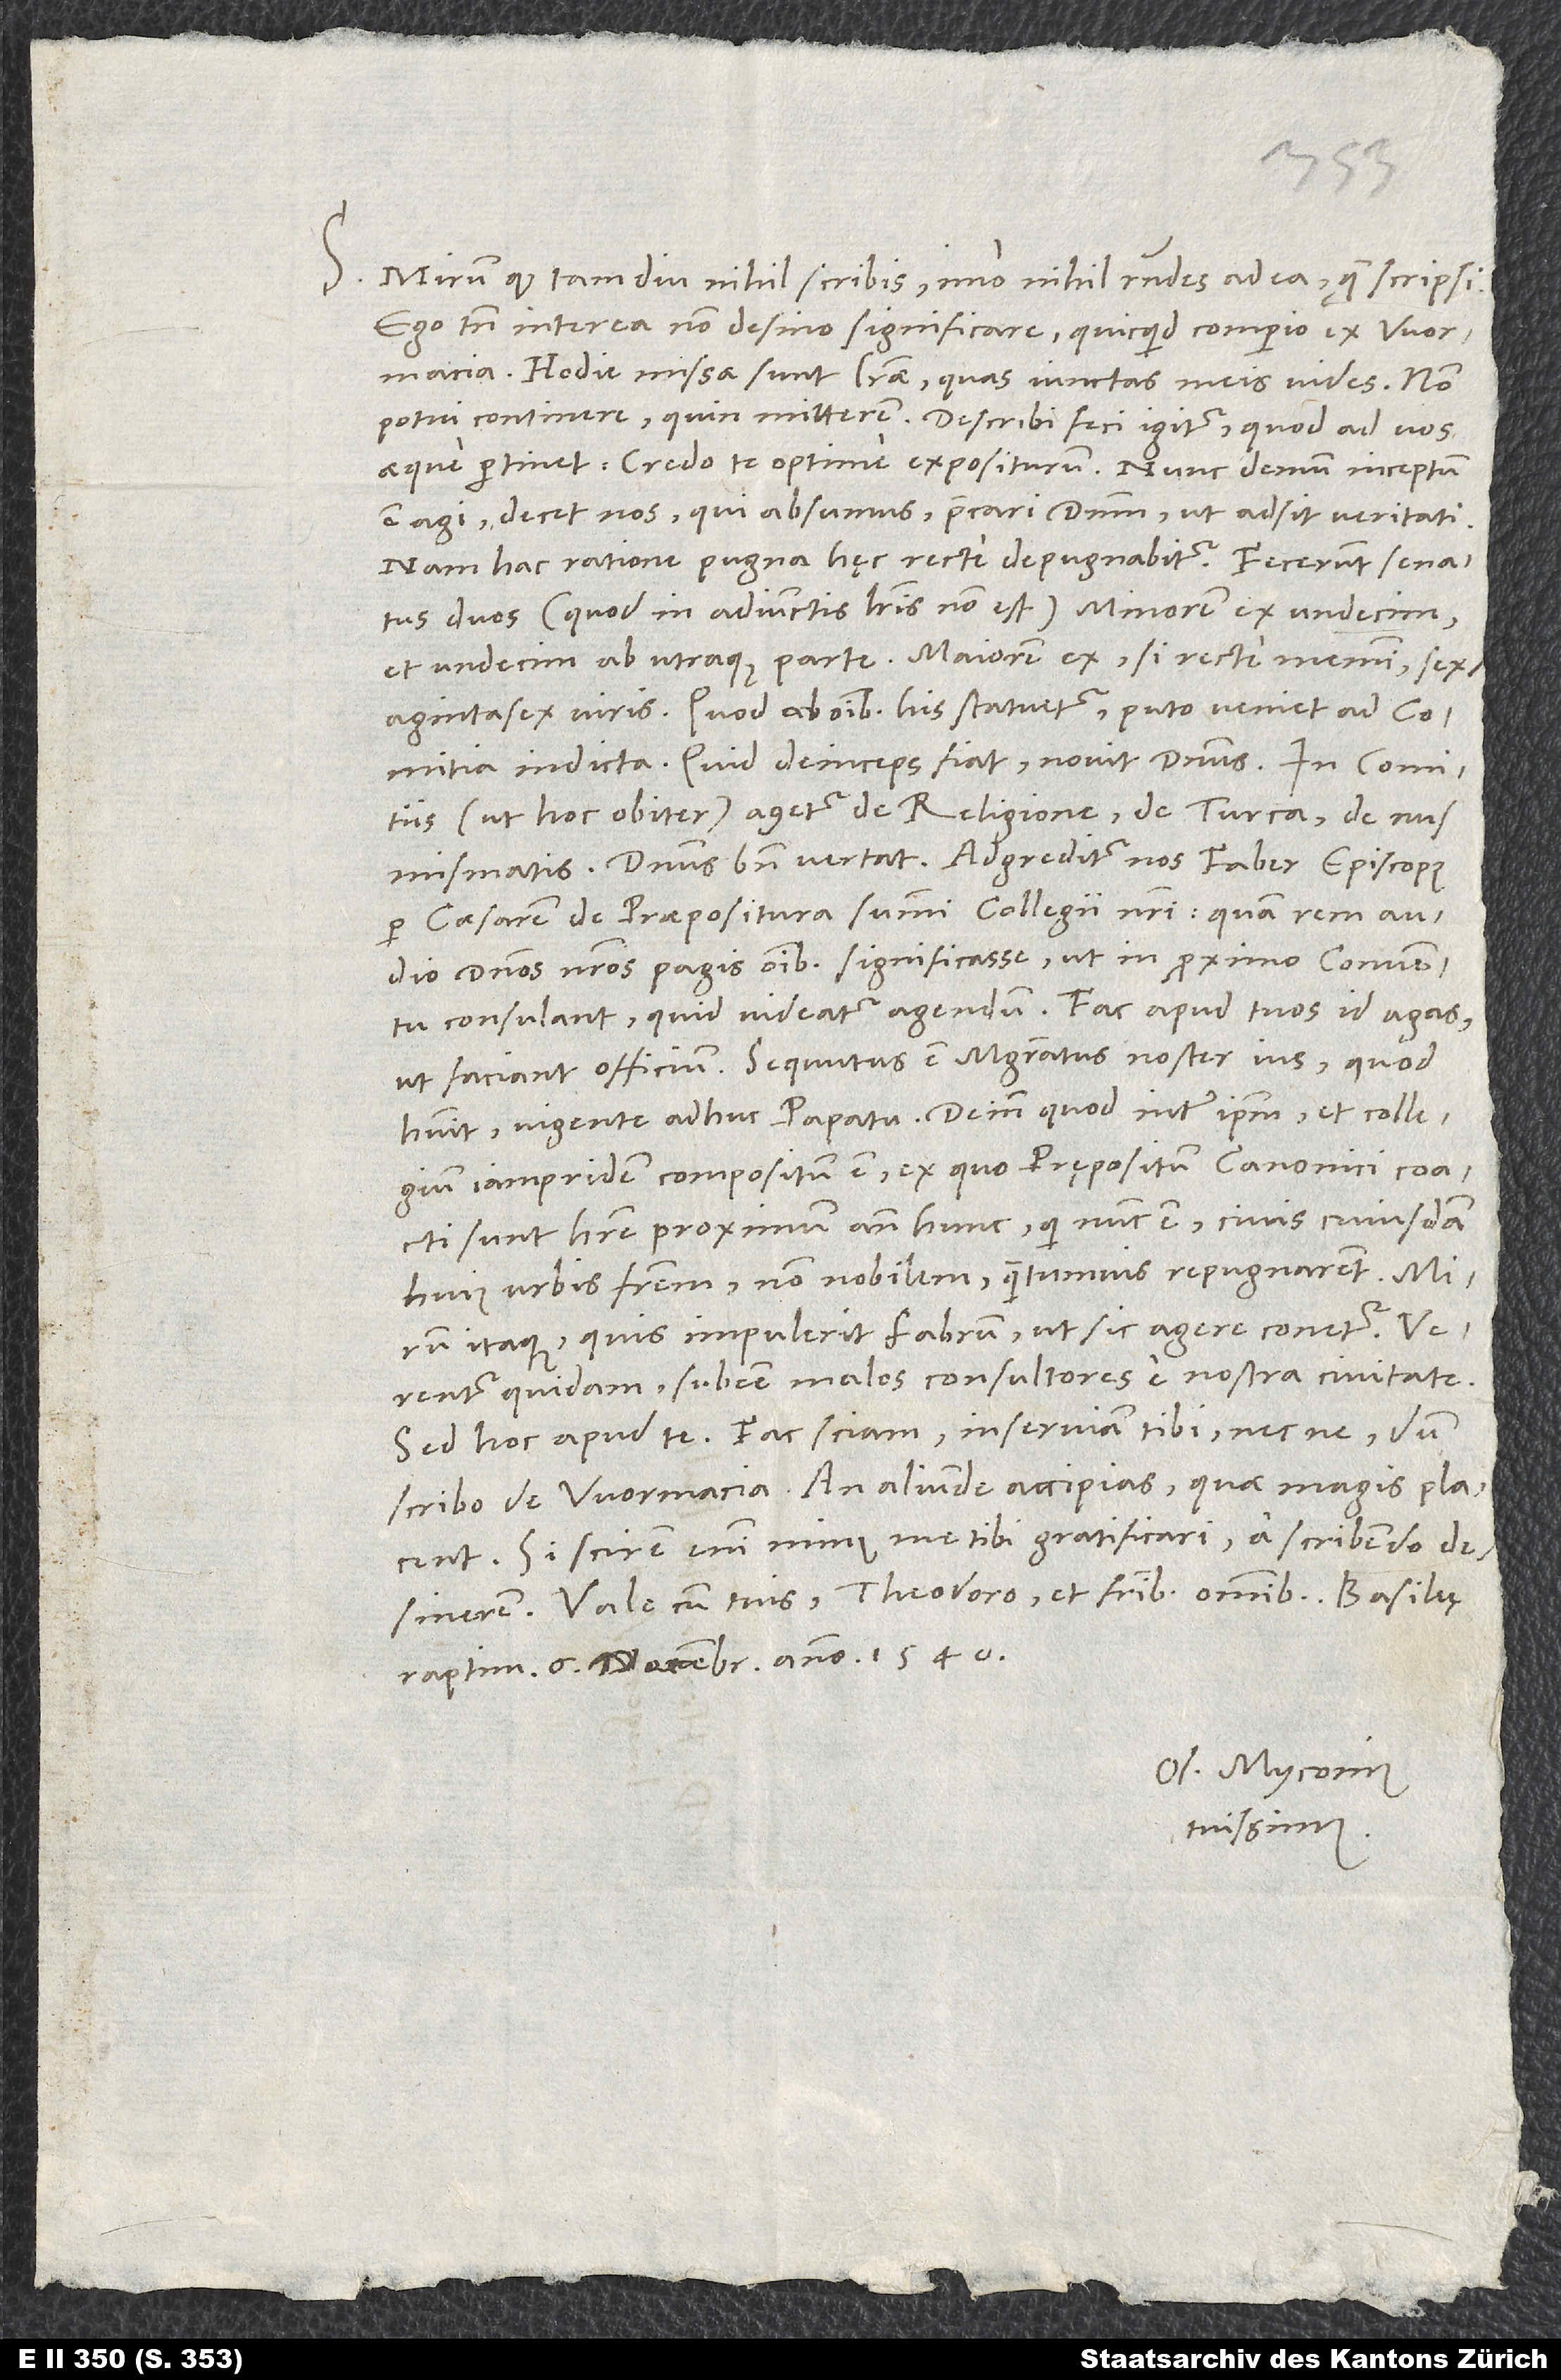
S. Mirum, quod tamdiu nihil scribis, imo nihil respondes ad ea, quę scripsi.
Ego tamen interea non desino significare, quicquid comperio ex Wormacia.
Hodie missae sunt literae, quas iunctas meis vides. Non
potui continere, quin mitterem. Describi feci igitur, quod ad vos
aeque pertinet. Credo te optime expositurum. Nunc demum inceptum
est agi; decet nos, qui absumus, precari dominum, ut adsit veritati.
Nam hac ratione pugna hęc recte depugnabitur. Fecerunt senatus
duos (quod in adiunctis literis non est), minorem ex undecim
et undecim ab utraque parte, maiorem ex, si recte memini,
sexagintasex viris. Quod ab omnibus his statuetur, puto, veniet ad comitia
indicta. Quid deinceps fiat, novit dominus. In comitiis
(ut hoc obiter) agetur de religione, de Turca, de numismatis.
per caesarem de praepositura summi collegii nostri, quam rem audio
dominos nostros Pagis omnibus significasse, ut in proximo conventu
consulant, quid videatur agendum. Fac, apud tuos id agas,
ut faciant officium. Sequutus est magistratus noster ius, quod
habuit vigente adhuc papatu, deinde, quod inter ipsum et collegium
iampridem compositum est, ex quo prępositum canonici coacti
sunt habere proximum ante hunc, qui nunc est, civis cuiusdam
huius urbis fratrem non nobilem, quantumvis repugnarent. Mirum
itaque, quis impulerit Fabrum, ut sic agere conetur. Verentur
quidam subesse malos consultores e nostra civitate.
scribo de Wormacia, an aliunde accipias, quae magis placent.
Si scirem enim minus me tibi gratificari, a scribendo desinerem.
Vale cum tuis, Theodoro et fratribus omnibus. Basileę,
raptim, 6. decembris anno 1540.
Os. Myconius
tuissimus.